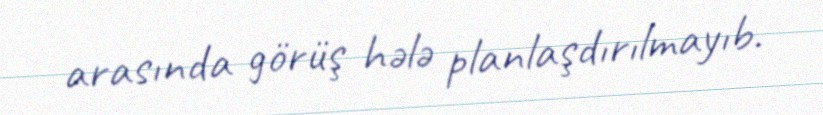
arasında görüş hələ planlaşdırılmayıb.